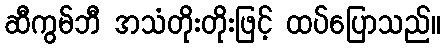
ဆီကွမ်ဘီ အသံတိုးတိုးဖြင့် ထပ်ပြောသည်။